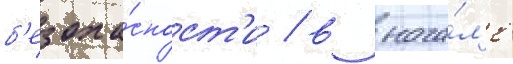
б'езопа́сност'и / в нача́л'е